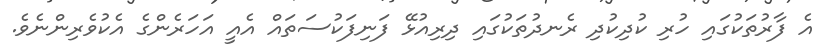
އެ ފާރުތަކުގައި ހުރި ކުދިކުދި ރެނދުތަކުގައި ދިރިއުޅޭ ފަނިފަކުސަތައް އެއީ އަހަރެންގެ އެކުވެރިންނެވެ.